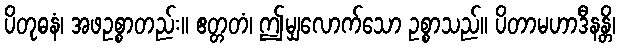
ပိတုဓနံ၊ အဖဥစ္စာတည်း။ ဧတ္တတံ၊ ဤမျှလောက်သော ဥစ္စာသည်။ ပိတာမဟာဒီနန္တိ၊